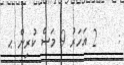
:    2 އަހަރު 9 މަސް ކުރިން ޙ